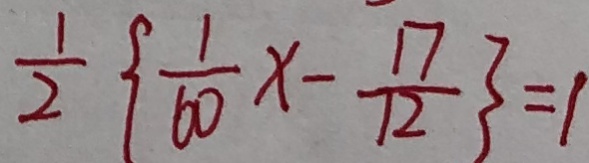
\frac { 1 } { 2 } \{ \frac { 1 } { 6 0 } x - \frac { 1 7 } { 1 2 } \} = 1